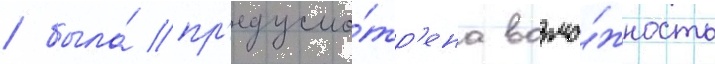
/ была́ пр'едусмо́тр'ена возмо́жность